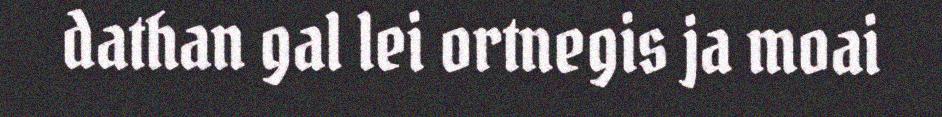
dathan gal lei ortnegis ja moai